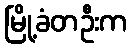
မြို့ခံတဦးက